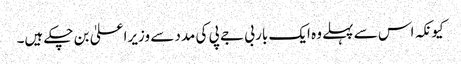
کیونکہ اس سے پہلے وہ ایک بار بی جے پی کی مدد سے وزیراعلیٰ بن چکے ہیں۔